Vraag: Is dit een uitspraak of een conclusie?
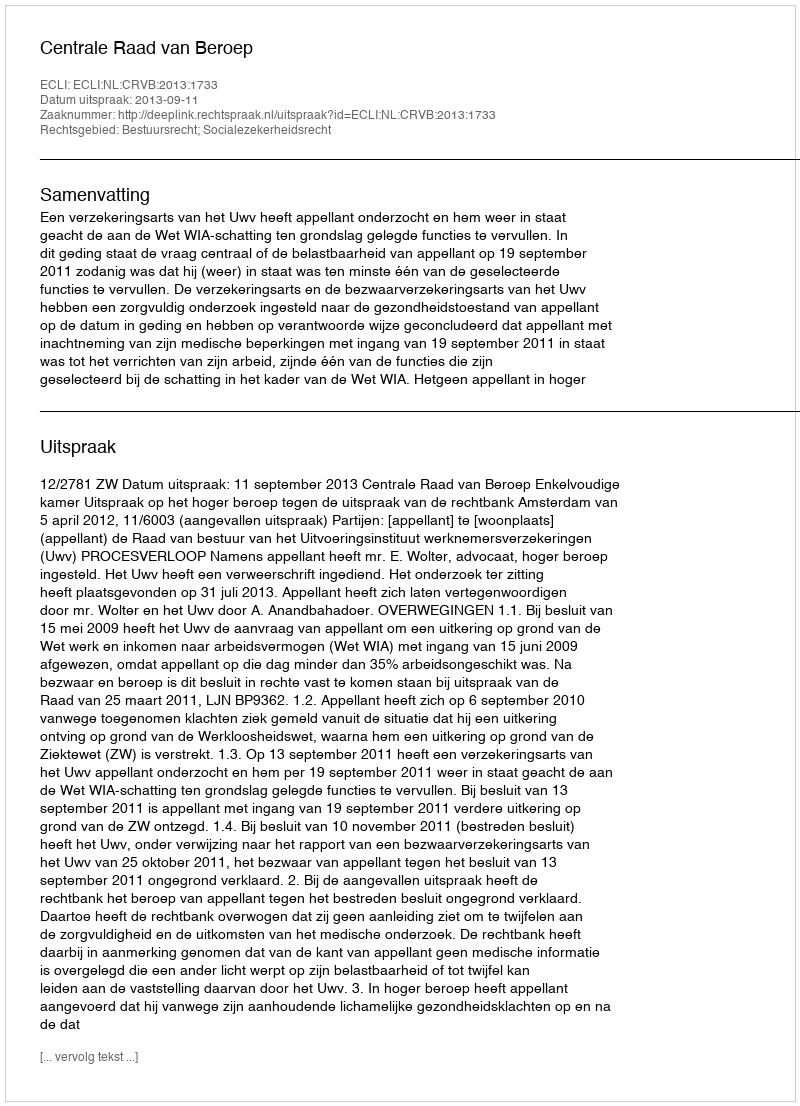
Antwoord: Uitspraak